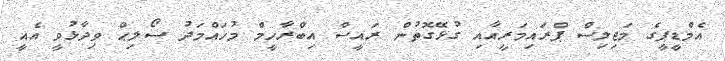
އެމްޑީޕީގެ މަޖިލިސް ޕްރައިމަރީއާއި ގުޅޭގޮތުން ރައީސް އިބްރާހީމް މުހައްމަދު ސޯލިޙް ވިދާޅުވީ އެއީ